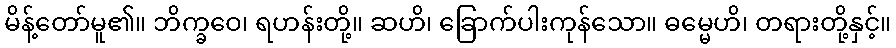
မိန့်တော်မူ၏။ ဘိက္ခဝေ၊ ရဟန်းတို့။ ဆဟိ၊ ခြောက်ပါးကုန်သော။ ဓမ္မေဟိ၊ တရားတို့နှင့်။